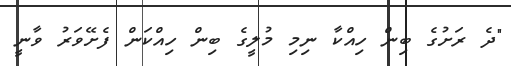
"ދެ ރަށުގެ ބިން ހިއްކާ ނިމި މުލީގެ ބިން ހިއްކަން ފެށޭވަރު ވާނީ